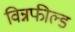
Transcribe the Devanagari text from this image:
विन्नफील्ड